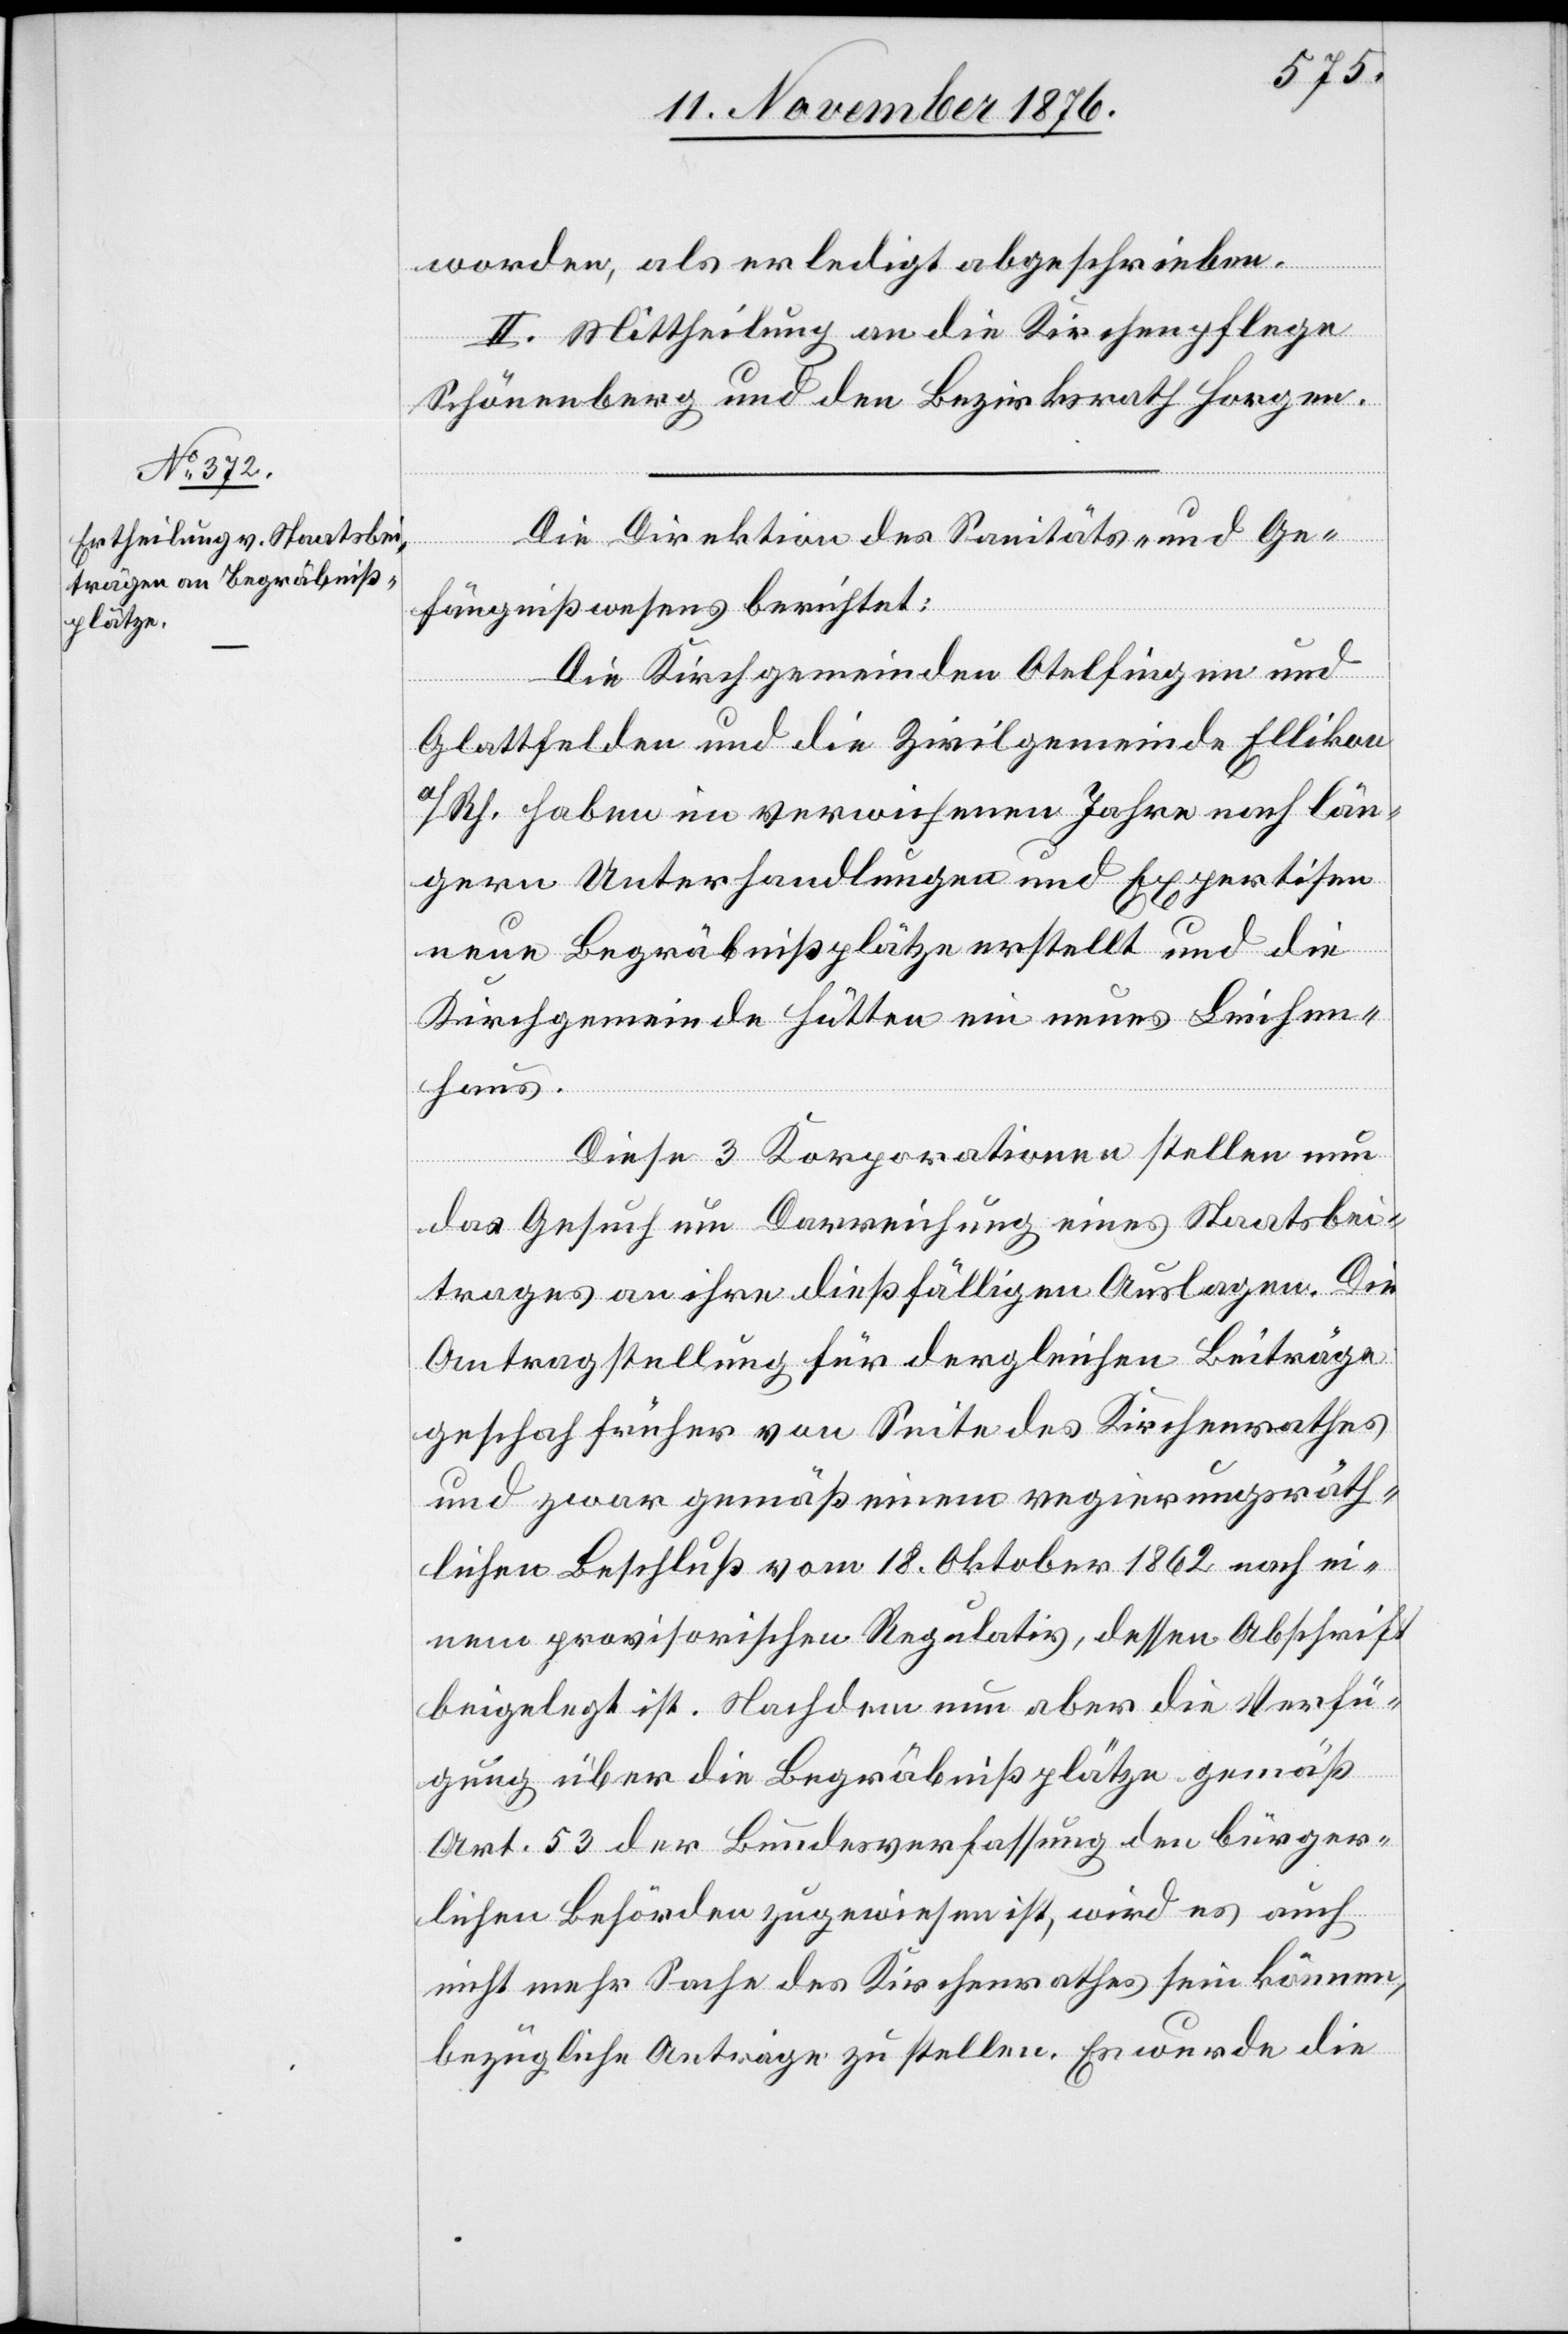
worden, als erledigt abgeschrieben.
II. Mittheilung an die Kirchenpflege
Schönenberg und den Bezirksrath Horgen.
Die Direktion des Sanitäts- und Ge¬
fängnißwesens berichtet:
Die Kirchgemeinden Otelfingen und
Glattfelden und die Zivilgemeinde Ellikon
a/Rh. haben im verwichenen Jahre nach län¬
gern Unterhandlungen und Expertisen
neue Begräbnißplätze erstellt und die
Kirchgemeinde hätten [sic!] ein neues Leichen¬
haus.
Diese 3 Korporationen stellen
das Gesuch um Darreichung eines Staatsbei¬
trages an ihre dießfälligen Auslagen. Die
Antragstellung für dergleichen Beiträge
geschah früher von Seite des Kirchenrathes
und zwar gemäß einem regierungsräth¬
lichen Beschluß vom 18. Oktober 1862 nach ei¬
nem provisorischen Regulativ, dessen Abschrift
beigelegt ist. Nachdem nun aber die Verfü¬
gung über die Begräbnißplätze gemäß
Art. 53 der Bundesverfassung den bürger¬
lichen Behörden zugewiesen ist, wird es auch
nicht mehr Sache des Kirchenrathes sein können,
bezügliche Abträge zu stellen. Es wurde die